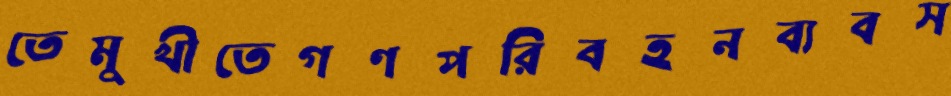
তেমুখীতেগণপরিবহনব্যবস